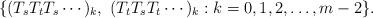
LaTeX: \begin{align*}\{(T_sT_tT_s\cdots)_k,\ (T_tT_sT_t\cdots)_k: k=0,1,2,\ldots,m-2\}.\end{align*}